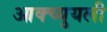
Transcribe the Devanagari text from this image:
आक्च्युयली